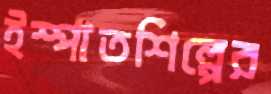
ইস্পাতশিল্পের